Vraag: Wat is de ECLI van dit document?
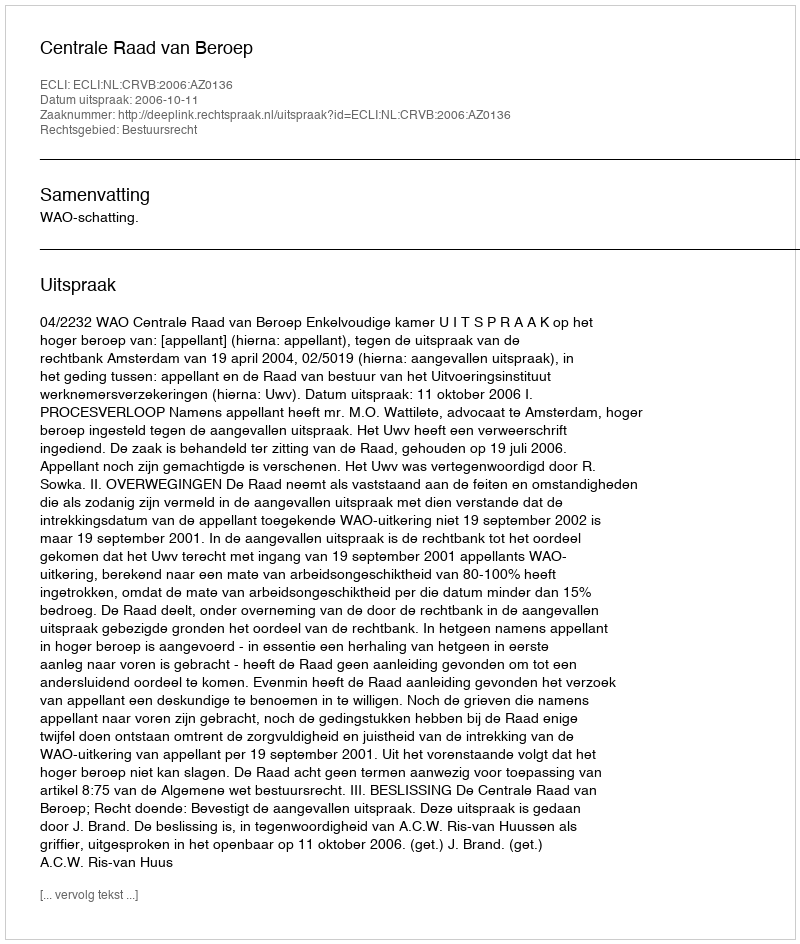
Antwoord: ECLI:NL:CRVB:2006:AZ0136